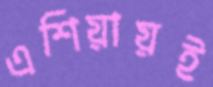
এশিয়ায়ই